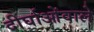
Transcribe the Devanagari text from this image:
दीर्घाओंवाले